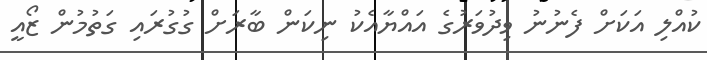
ކުއްލި އަކަށް ފެނުނު ވިދުވަރުގެ އައްޔާއެކު ނިކަން ބާރަށް ގުގުރައި ގަތުމުން ޒޯއީ